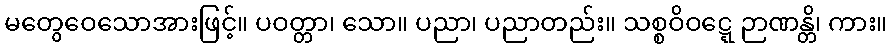
မတွေဝေသောအားဖြင့်။ ပဝတ္တာ၊ သော။ ပညာ၊ ပညာတည်း။ သစ္စဝိဝဋ္ဋေ ဉာဏန္တိ၊ ကား။